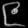
Digit: ၉